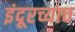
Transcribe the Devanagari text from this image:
इंदूरच्याच